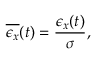
\overline { { \epsilon _ { x } } } ( t ) = \frac { \epsilon _ { x } ( t ) } { \sigma } ,